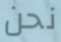
نحن